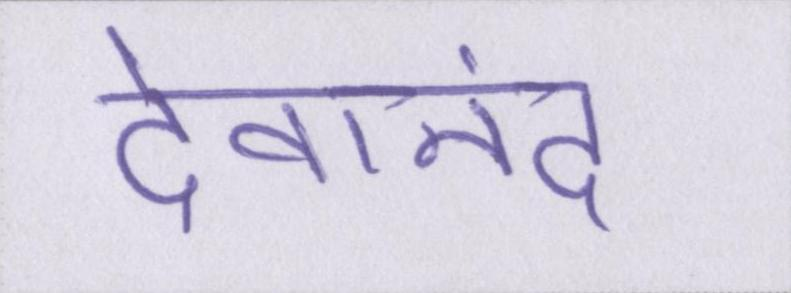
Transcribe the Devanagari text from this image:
देवानंद